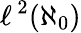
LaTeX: \ell^{\, 2}(\aleph_{0})